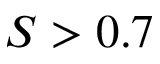
S > 0 . 7